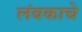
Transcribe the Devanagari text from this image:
लंबकाचे